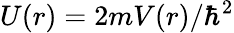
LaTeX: U(r)=2mV(r)/\hbar^{2}